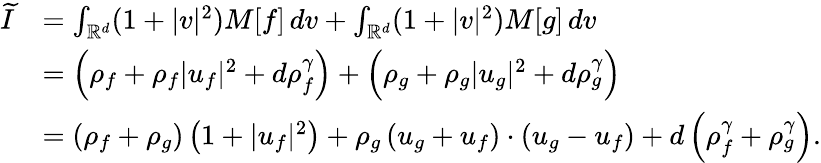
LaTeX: \begin{array}{rl}{\widetilde{I}}&{=\int_{\mathbb{R}^{d}}(1+|v|^{2})M[f]\, dv+\int_{\mathbb{R}^{d}}(1+|v|^{2})M[g]\, dv}\\ &{=\left(\rho_{f}+\rho_{f}|u_{f}|^{2}+d\rho_{f}^{\gamma}\right)+\Big(\rho_{g}+\rho_{g}|u_{g}|^{2}+d\rho_{g}^{\gamma}\Big)}\\ &{=(\rho_{f}+\rho_{g})\left(1+|u_{f}|^{2}\right)+\rho_{g}\left(u_{g}+u_{f}\right)\cdot\left(u_{g}-u_{f}\right)+d\left(\rho_{f}^{\gamma}+\rho_{g}^{\gamma}\right).}\end{array}